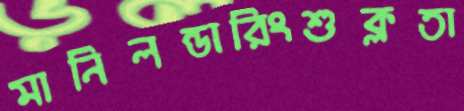
মানিলন্ডারিংশুক্লতা